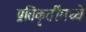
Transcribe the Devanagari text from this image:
प्रतिकृतींमध्ये